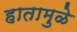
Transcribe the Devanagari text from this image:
हातामुळे